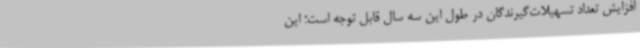
افزایش تعداد تسهیلات‌گیرندگان در طول این سه سال قابل توجه است؛ این